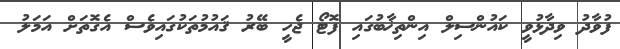
ފުވާދު ވިދާޅުވީ ކައުންސިލް އިންތިޚާބުގައި ފޮޓޯ ޖެހީ ބޭރު ޤައުމުތަކުގައިވެސް އެގޮތަށް އަމަލު